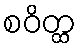
စဝိတ္ထ